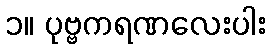
၁။ ပုဗ္ဗကရဏလေးပါး